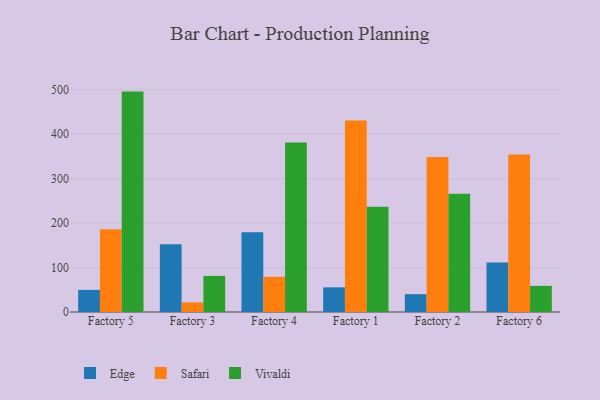
{"axis": {"x": "Factory", "y": "Demand Index"}, "legend": ["Edge", "Safari", "Vivaldi"], "data": [{"x": "Factory 5", "y": 49.7, "type": "Edge"}, {"x": "Factory 5", "y": 186.2, "type": "Safari"}, {"x": "Factory 5", "y": 495.9, "type": "Vivaldi"}, {"x": "Factory 3", "y": 152.2, "type": "Edge"}, {"x": "Factory 3", "y": 21.6, "type": "Safari"}, {"x": "Factory 3", "y": 81.2, "type": "Vivaldi"}, {"x": "Factory 4", "y": 179.3, "type": "Edge"}, {"x": "Factory 4", "y": 79.2, "type": "Safari"}, {"x": "Factory 4", "y": 381.3, "type": "Vivaldi"}, {"x": "Factory 1", "y": 55.5, "type": "Edge"}, {"x": "Factory 1", "y": 430.7, "type": "Safari"}, {"x": "Factory 1", "y": 236.9, "type": "Vivaldi"}, {"x": "Factory 2", "y": 40.1, "type": "Edge"}, {"x": "Factory 2", "y": 348.9, "type": "Safari"}, {"x": "Factory 2", "y": 266.2, "type": "Vivaldi"}, {"x": "Factory 6", "y": 111.3, "type": "Edge"}, {"x": "Factory 6", "y": 354.3, "type": "Safari"}, {"x": "Factory 6", "y": 58.8, "type": "Vivaldi"}]}